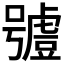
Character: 𧇼